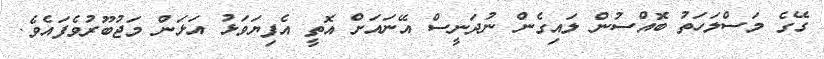
ގޭގެ މަސްލަހަތު ބޮއްސުން ލައިގެން ނުދަނީސް އޭނައަށް އޮތީ އެފިޔަވަޅު އަޅަން މަޖުބޫރުވެފައެވެ.